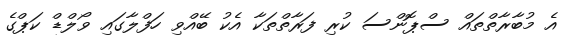
އެ މުބާރާތްތައް ސްޕޮންސަ ކުރި ފަރާތްތަކާ އެކު ބޭއްވި ހަފްލާގައި ވޯލްޑް ކަޕްގެ